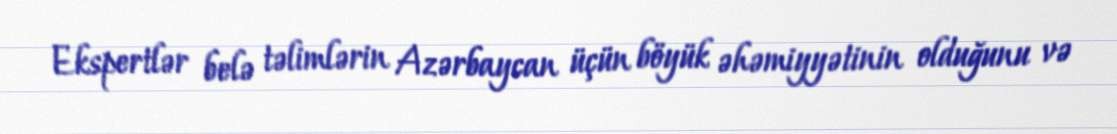
Ekspertlər belə təlimlərin Azərbaycan üçün böyük əhəmiyyətinin olduğunu və